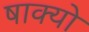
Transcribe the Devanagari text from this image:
षाक्यो